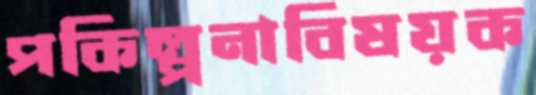
পকিল্পনাবিষয়ক